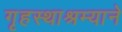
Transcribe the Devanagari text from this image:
गृहस्थाश्रम्याने